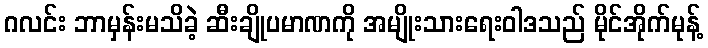
ဂလင်း ဘာမှန်းမသိခဲ့ ဆီးချိုပမာဏကို အမျိုးသားရေးဝါဒသည် မိုင်အိုက်မုန့်